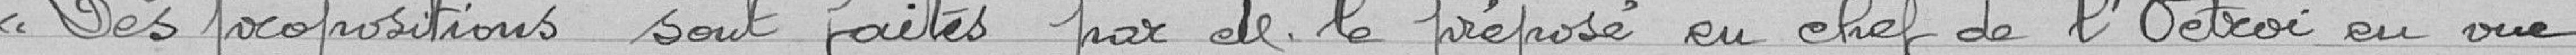
Les propositions sont faites par Monsieur le Préposé en chef de l'Octroi en vue